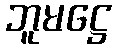
ဘူမဋ္ဌေ